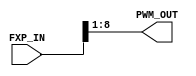
`timescale 1ns / 1ps
//////////////////////////////////////////////////////////////////////////////////
// Company: 
// Engineer: 
// 
// Design Name: 
// Module Name: fxp_to_pwm
// Project Name: 
// Target Devices: 
// Tool Versions: 
// Description: 
// 
// Dependencies: 
// 
// Revision:
// Revision 0.01 - File Created
// Additional Comments:
// 
//////////////////////////////////////////////////////////////////////////////////


module fxp_to_pwm #(
	parameter integer FXP_WIDTH  = 20,
	parameter integer PWM_OFFSET = 8,
	parameter integer PWM_WIDTH  = 8
) (
	input wire [FXP_WIDTH-1:0]	FXP_IN,
	output wire [PWM_WIDTH-1:0]	PWM_OUT
);
    
    assign PWM_OUT = FXP_IN[PWM_OFFSET-:PWM_WIDTH];
    
endmodule